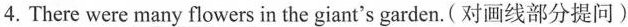
4.There were many flowers in the giant's garden.(对画线部分提问)